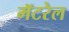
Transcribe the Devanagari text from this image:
मॅटरेल